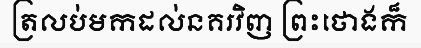
ត្រលប់មកដល់នគរវិញ ព្រះថោងក៏